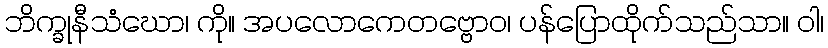
ဘိက္ခုနီသံဃော၊ ကို။ အပလောကေတဗ္ဗောဝ၊ ပန်ပြောထိုက်သည်သာ။ ဝါ၊